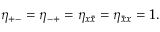
\eta _ { + - } = \eta _ { - + } = \eta _ { x \bar { x } } = \eta _ { { \bar { x } } x } = 1 .